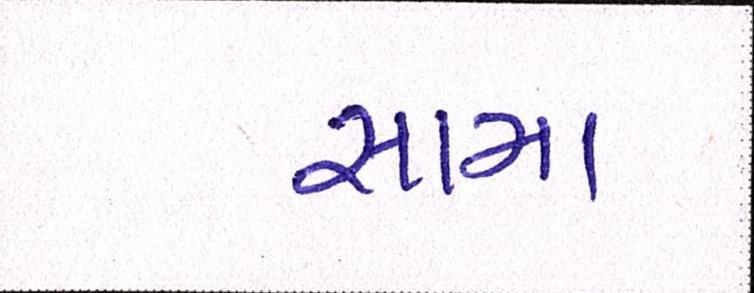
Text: સામા